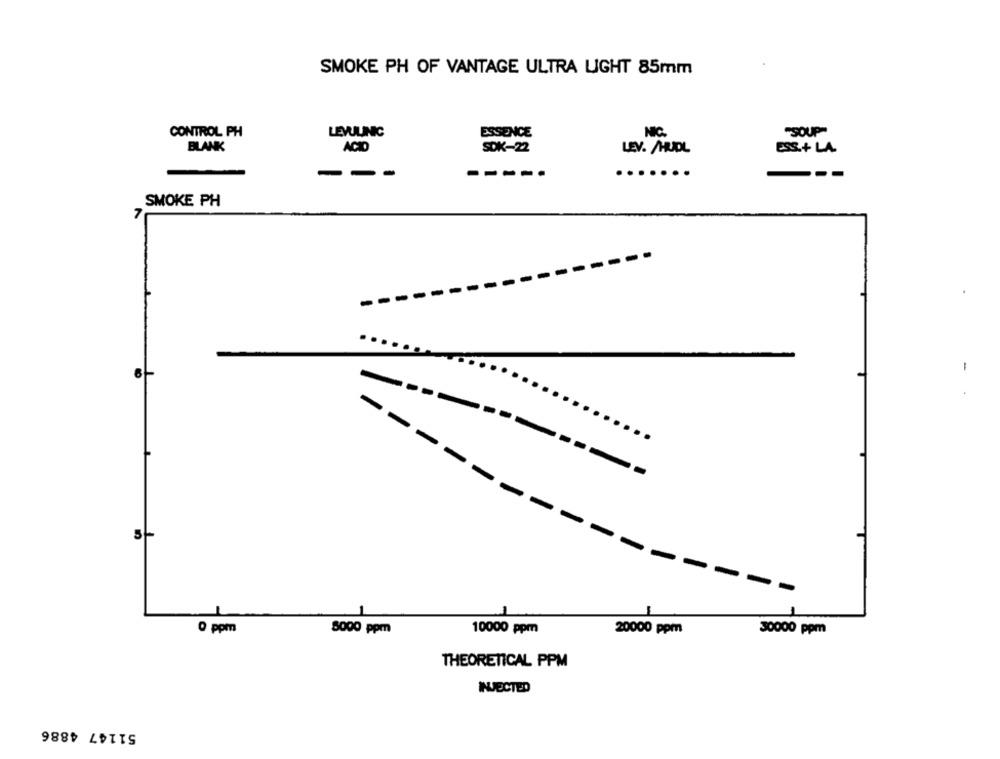
SMOKE PH OF VANTAGE ULTRA LIGHT 85mm
CONTROL PH
LEVULINIC
ESSENCE
NIC
SOUP"
BLANK
ACID
SOK-22
LEV. /HUDL
ESS.+ LA.
-
-----
....
SMOKE PH
---
-
5
0 ppm
8000 ppm
10000 ppm
20000 ppm
30000 ppm
THEORETICAL PPM
INJECTED
51147 4886